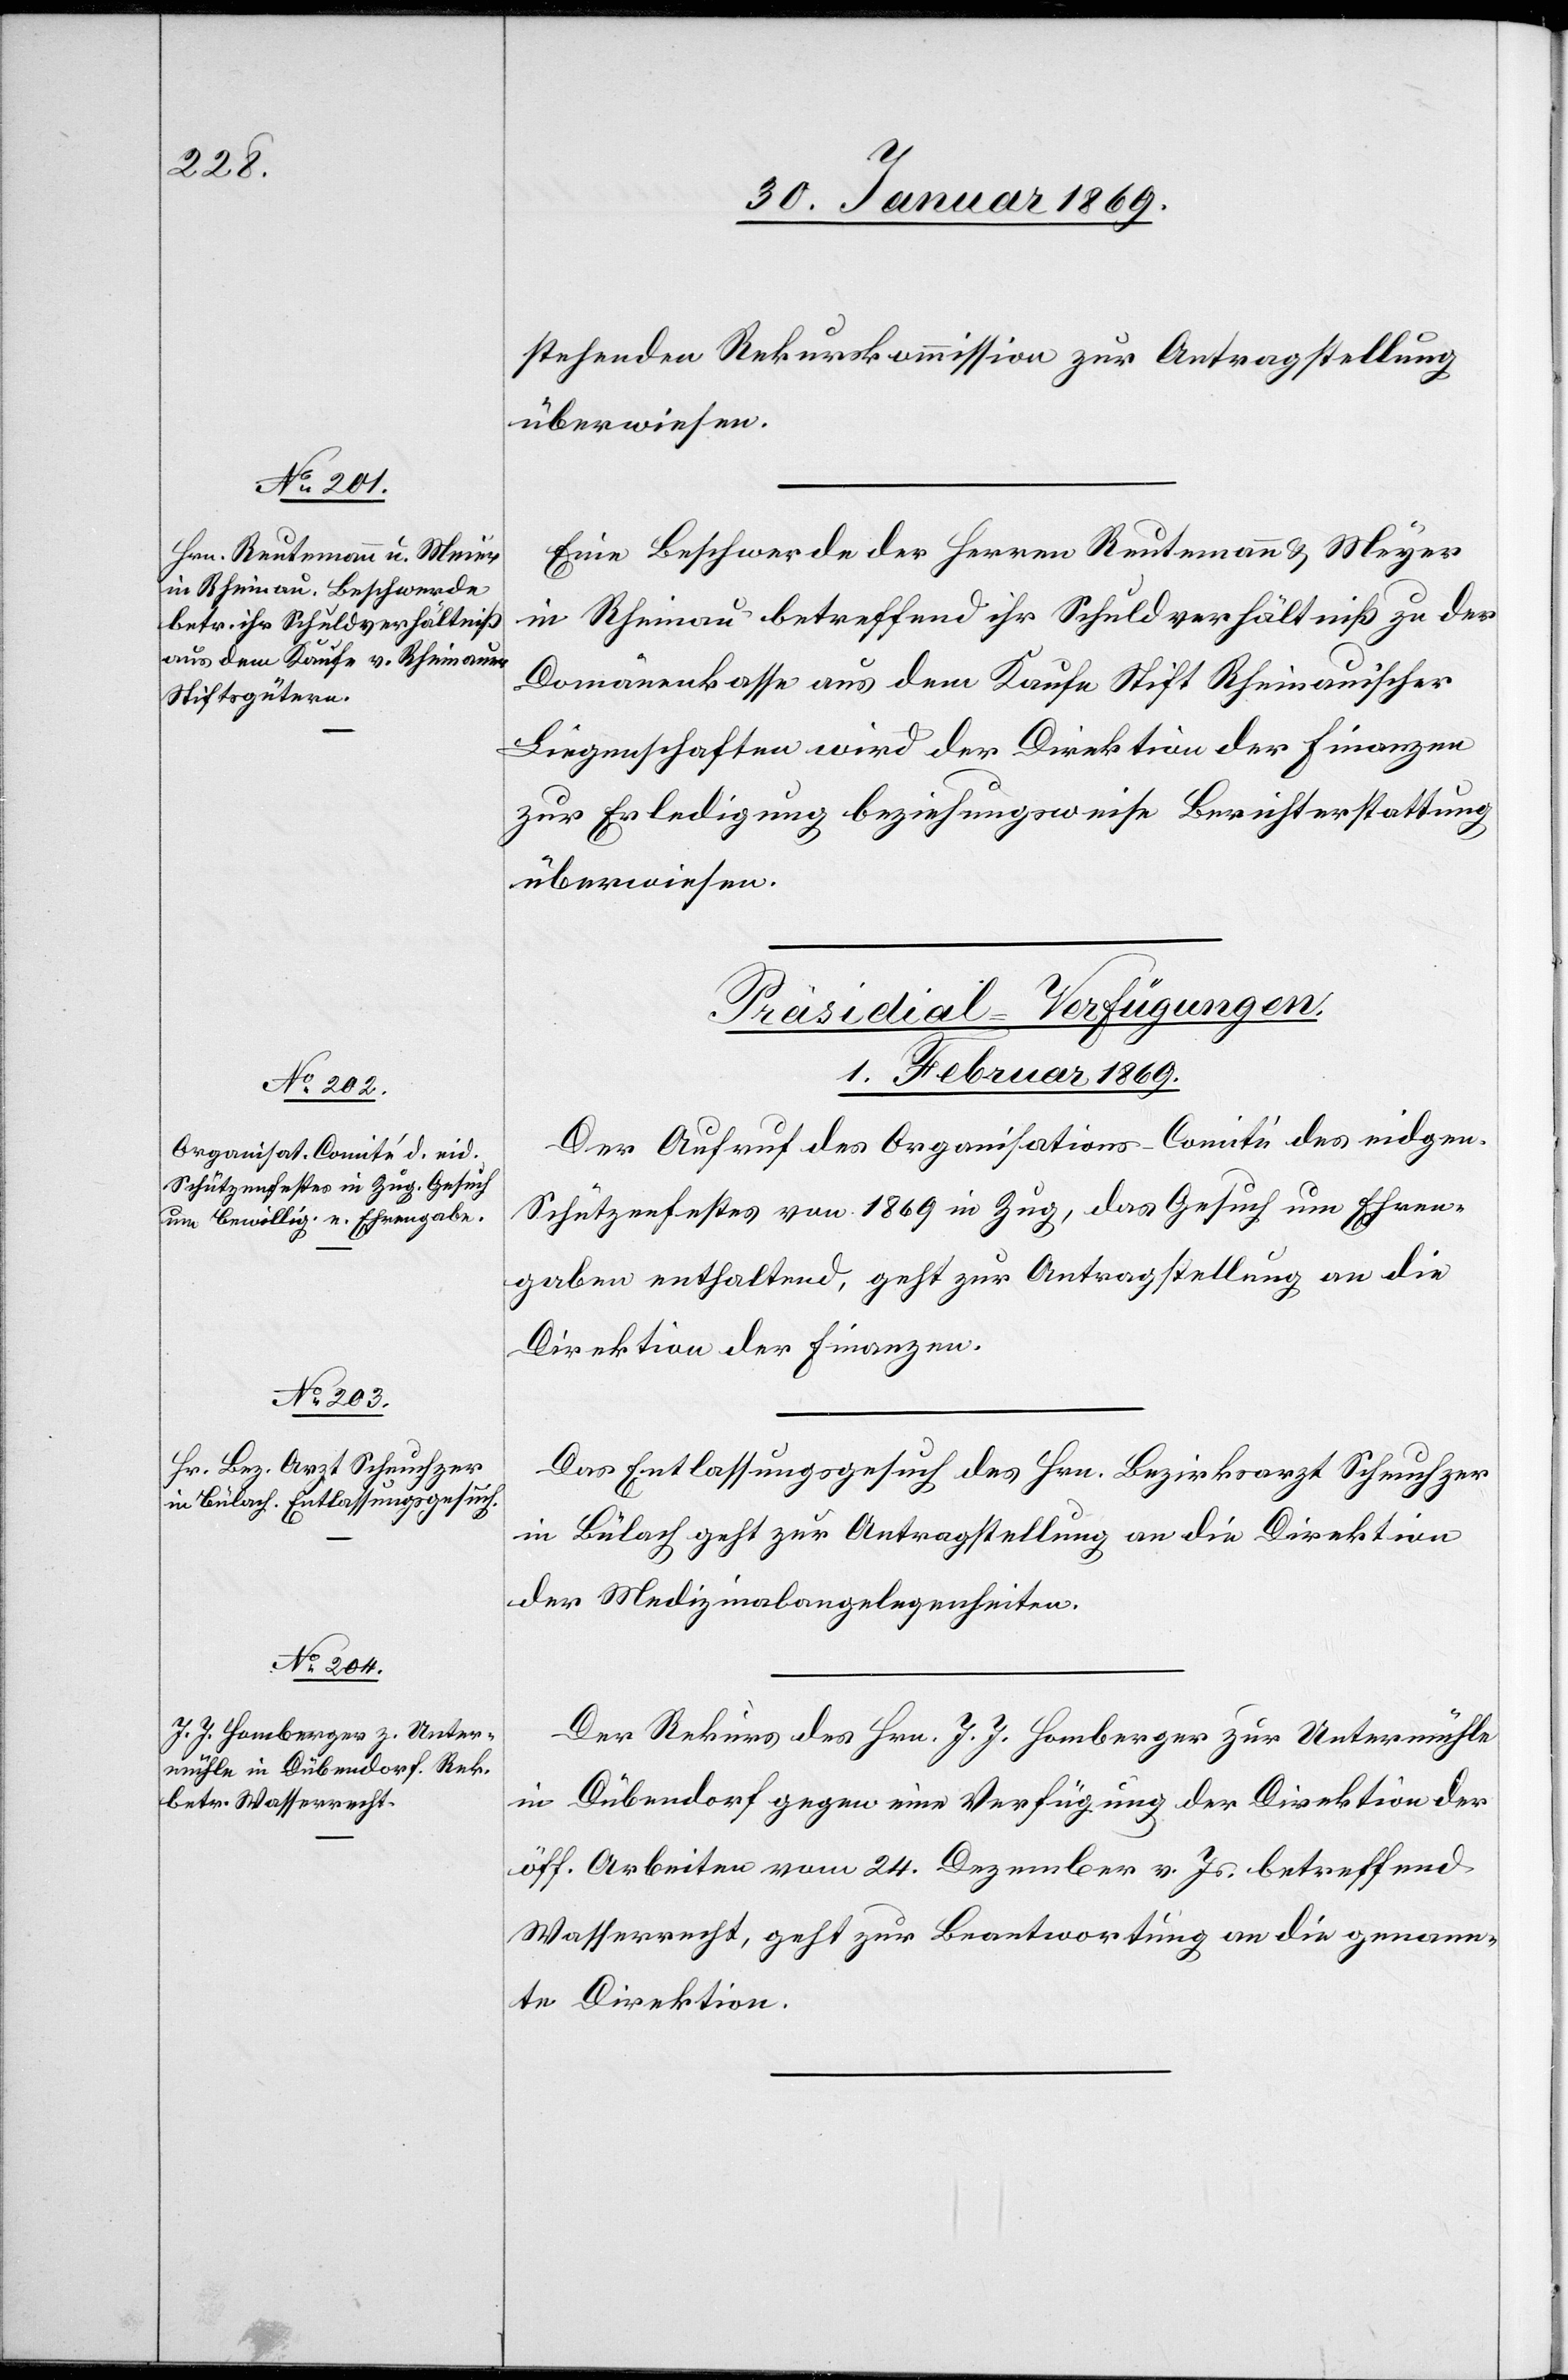
stehenden Rekurskommission zur Antragstellung
überwiesen.
Eine Beschwerde der Herren Reutemann u. Meyer
in Rheinau betreffend ihr Schuldverhältniß zu der
Domänenkasse aus dem Kaufe Stift Rheinauischer
Liegenschaften wird der Direktion der Finanzen
zur Erledigung beziehungsweise Berichterstattung
überwiesen.
[Präsidial-Verfügungen.
1. Februar 1869.]
Der Aufruf des Organisations-Comité des eidgen.
Schützenfestes von 1869 in Zug, das Gesuch um Ehren¬
gaben enthaltend, geht zur Antragstellung an die
Direktion der Finanzen.
Das Entlassungsgesuch des Hrn. Bezirksarzt Scheuchzer
in Bülach geht zur Antragstellung an die Direktion
der Medizinalangelegenheiten.
Der Rekurs des Hrn. J. J. Homberger zur Untermühle
in Dübendorf gegen eine Verfügung der Direktion der
öff. Arbeiten vom 24. Dezember v. Js. betreffend
Wasserrecht, geht zur Beantwortung an die genann¬
te Direktion.